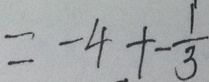
= - 4 + - \frac { 1 } { 3 }